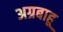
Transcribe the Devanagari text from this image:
अग्रबाहू